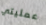
عمليتي